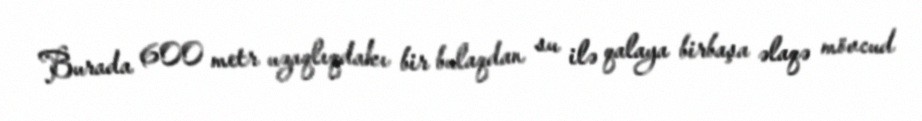
Burada 600 metr uzaqlıqdakı bir bulaqdan su ilə qalaya birbaşa əlaqə mövcud